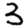
Digit: 3